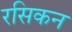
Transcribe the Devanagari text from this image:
रसिकन